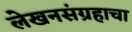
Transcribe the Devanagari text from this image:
लेखनसंग्रहाचा